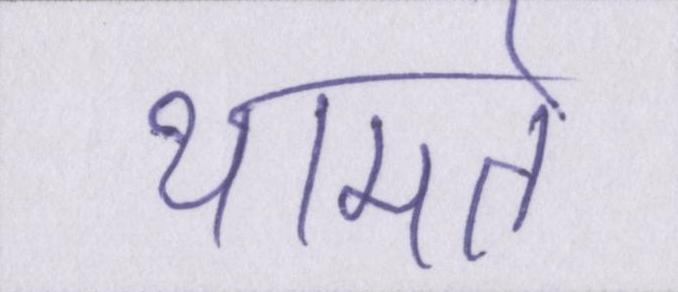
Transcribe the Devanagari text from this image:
थामते